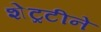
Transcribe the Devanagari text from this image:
शेट्रटीने